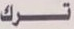
ترك